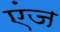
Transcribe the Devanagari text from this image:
एंज